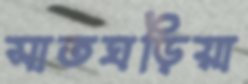
সাতঘড়িয়া